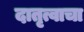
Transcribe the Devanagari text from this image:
दातृत्वाचा